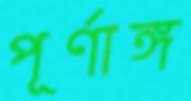
পূর্ণাঙ্গ